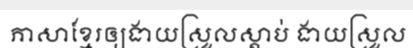
ភាសាខ្មែរឲ្យងាយស្រួលស្តាប់ ងាយស្រួល